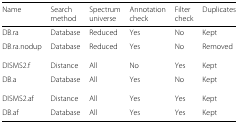
<table><thead><tr><td><b>Name</b></td><td><b>Search</b></td><td><b>Spectrum</b></td><td><b>Annotation</b></td><td><b>Filter</b></td><td><b>Duplicates</b></td></tr><tr><td></td><td><b>method</b></td><td><b>universe</b></td><td><b>check</b></td><td><b>check</b></td><td></td></tr></thead><tbody><tr><td>DB.ra</td><td>Database</td><td>Reduced</td><td>Yes</td><td>No</td><td>Kept</td></tr><tr><td>DB.ra.nodup</td><td>Database</td><td>Reduced</td><td>Yes</td><td>No</td><td>Removed</td></tr><tr><td>DISMS2.f</td><td>Distance</td><td>All</td><td>No</td><td>Yes</td><td>Kept</td></tr><tr><td>DB.a</td><td>Database</td><td>All</td><td>Yes</td><td>No</td><td>Kept</td></tr><tr><td>DISMS2.af</td><td>Distance</td><td>All</td><td>Yes</td><td>Yes</td><td>Kept</td></tr><tr><td>DB.af</td><td>Database</td><td>All</td><td>Yes</td><td>Yes</td><td>Kept</td></tr></tbody></table>